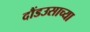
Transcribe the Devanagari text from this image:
दौंडउसाच्या